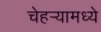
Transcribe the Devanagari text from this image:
चेहर्‍यामध्ये